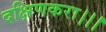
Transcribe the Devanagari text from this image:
दक्षिणकरा।।।